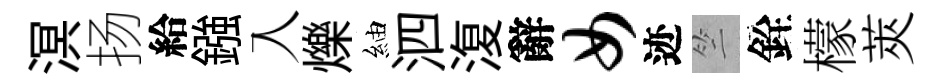
溟扬給鏹入爍紬泗𣸪辭女迹竺銓檬莢